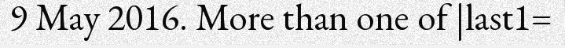
9 May 2016. More than one of |last1=